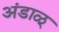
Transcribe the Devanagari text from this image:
अंडाळ्